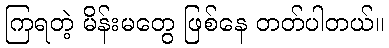
ကြရတဲ့ မိန်းမတွေ ဖြစ်နေ တတ်ပါတယ်။